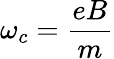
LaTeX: \omega_{c}=\frac{eB}{m}